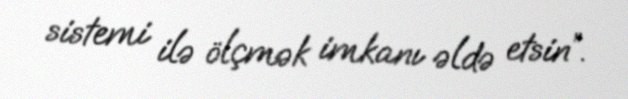
sistemi ilə ölçmək imkanı əldə etsin”.